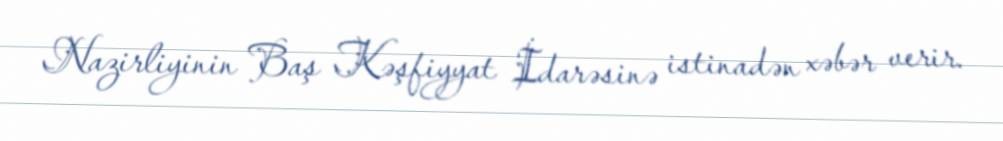
Nazirliyinin Baş Kəşfiyyat İdarəsinə istinadən xəbər verir.